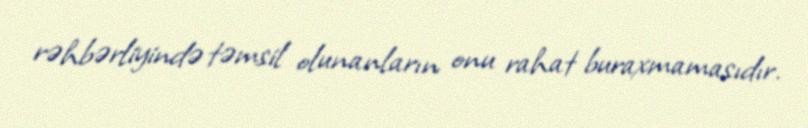
rəhbərliyində təmsil olunanların onu rahat buraxmamasıdır.